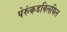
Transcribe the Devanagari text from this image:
पेरुंकडविलयिल